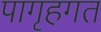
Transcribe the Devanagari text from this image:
पागृहगत